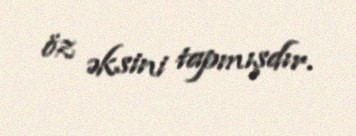
öz əksini tapmışdır.